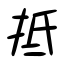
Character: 抵